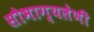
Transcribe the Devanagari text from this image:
सौभाग्यलेणी